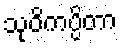
သုဝိကပ္ပိတာ